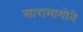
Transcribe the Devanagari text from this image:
सारामागोने